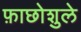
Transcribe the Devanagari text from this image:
फ़ाछोशुले